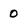
Character: 0